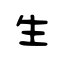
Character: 生